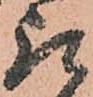
取